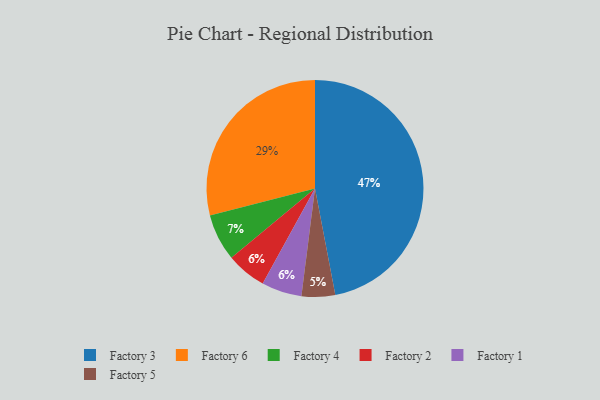
{"axis": {"x": "Category", "y": "Percentage"}, "legend": ["Factory 1", "Factory 2", "Factory 3", "Factory 4", "Factory 5", "Factory 6"], "data": [{"x": "Factory 2", "y": 6, "type": "Factory 2"}, {"x": "Factory 3", "y": 47, "type": "Factory 3"}, {"x": "Factory 1", "y": 6, "type": "Factory 1"}, {"x": "Factory 6", "y": 29, "type": "Factory 6"}, {"x": "Factory 5", "y": 5, "type": "Factory 5"}, {"x": "Factory 4", "y": 7, "type": "Factory 4"}]}